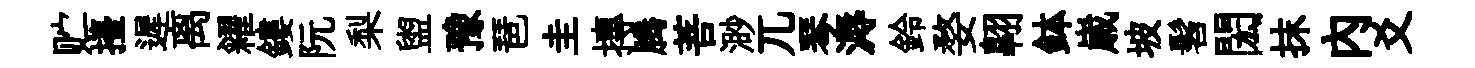
贮擡遲离糴鏤阮梨盥豫琶圭摶腾菩渺兀琴溽鈴婺翺鉢𡻕坡髫閎抹内爻